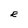
Character: E